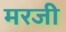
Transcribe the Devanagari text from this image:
मरजी